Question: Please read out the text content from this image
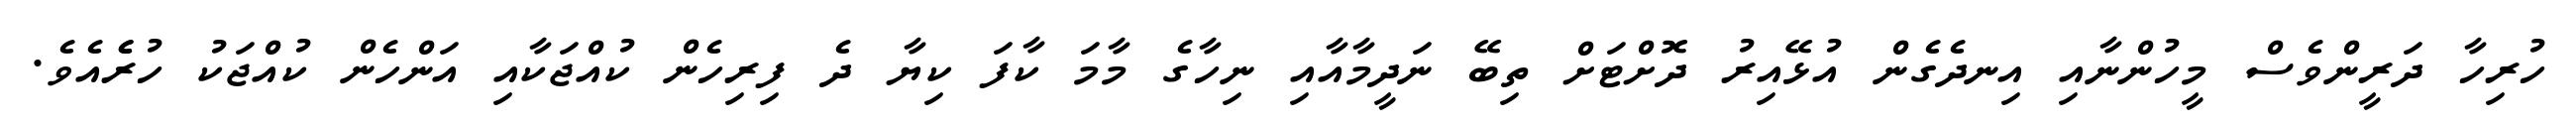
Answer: ހުރިހާ ދަރީންވެސް މީހުންނާއި އިނދެގެން އުޅޭއިރު ދޮށްޓަށް ތިބޭ ނަދީމާއާއި ނިހާގެ މާމަ ކާފަ ކިޔާ ދެ ފިރިހެން ކުއްޖަކާއި އަންހެން ކުއްޖަކު ހުރެެއެވެ.